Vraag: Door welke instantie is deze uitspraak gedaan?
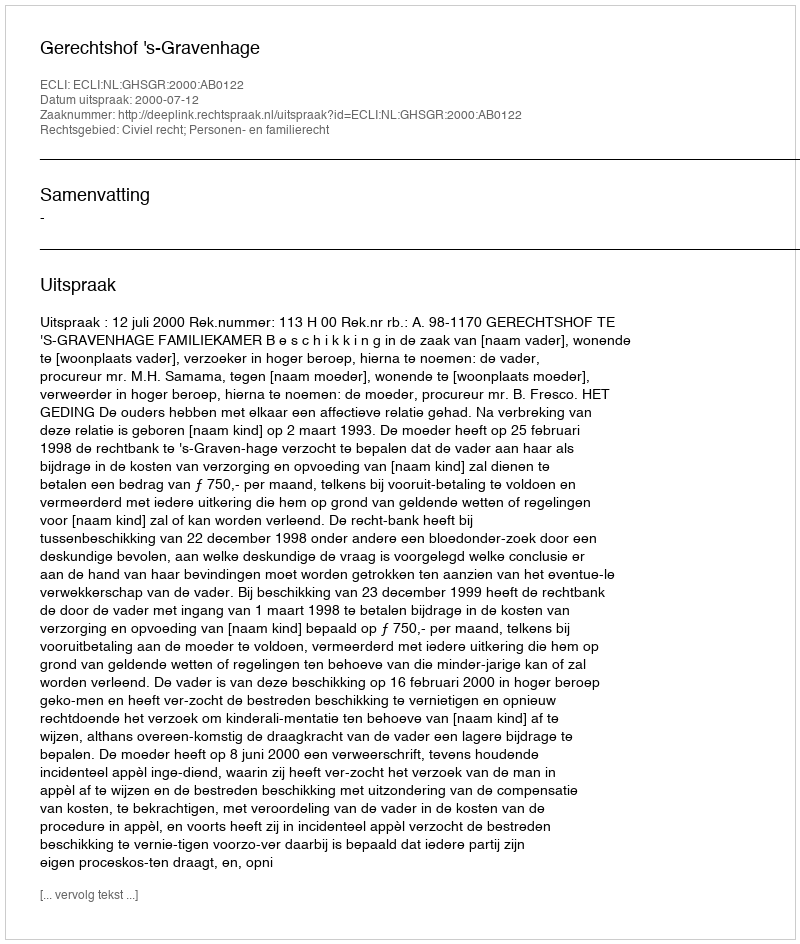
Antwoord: Gerechtshof 's-Gravenhage